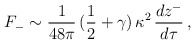
\begin{align*}F_{-} \sim \frac{1}{48\pi }\,(\frac{1}{2}+\gamma )\,\kappa^{2}\,\frac{dz^{-}}{d\tau } \,,\end{align*}